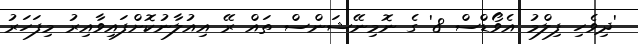
'ދިވެހި ފިލްމު އެވޯޑްސް 8' ގެ ނޮމިނޭޝަންސް ތައް ރޭ އިއުލާނުކޮށްފައިވާއިރު މިފަހަރު